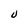
Character: U